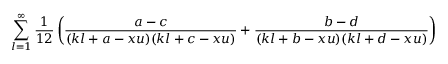
\sum _ { l = 1 } ^ { \infty } \frac { 1 } { 1 2 } \left( \frac { a - c } { ( k l + a - x u ) ( k l + c - x u ) } + \frac { b - d } { ( k l + b - x u ) ( k l + d - x u ) } \right)